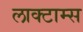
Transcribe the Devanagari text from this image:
लाक्टाम्स